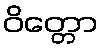
ဝိတ္တော